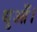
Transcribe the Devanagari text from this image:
धुआँ।